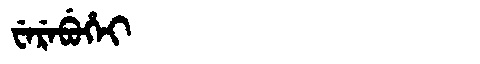
Manchu: ᠸᡝᡵᡝᠪᡠᡥᡝᡳ
Romanization: WEREBUHEI